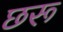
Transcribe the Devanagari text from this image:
छरू